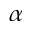
\alpha